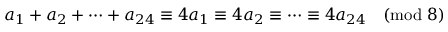
a _ { 1 } + a _ { 2 } + \cdots + a _ { 2 4 } \equiv 4 a _ { 1 } \equiv 4 a _ { 2 } \equiv \cdots \equiv 4 a _ { 2 4 } { \pmod { 8 } }